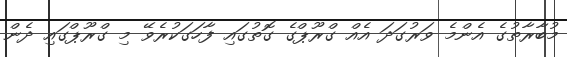
މުބާރާތުގެ އެންމެ ވަރުގަދަ އެއް ގްރޫޕްގެ ގޮތުގައި ފާހަގަކުރެވޭ މި ގްރޫޕްގައި ދެން